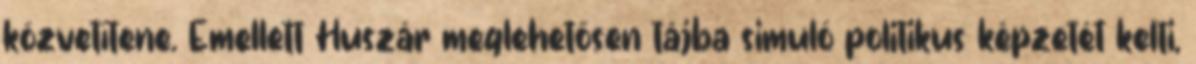
közvetítene. Emellett Huszár meglehetősen tájba simuló politikus képzetét kelti,